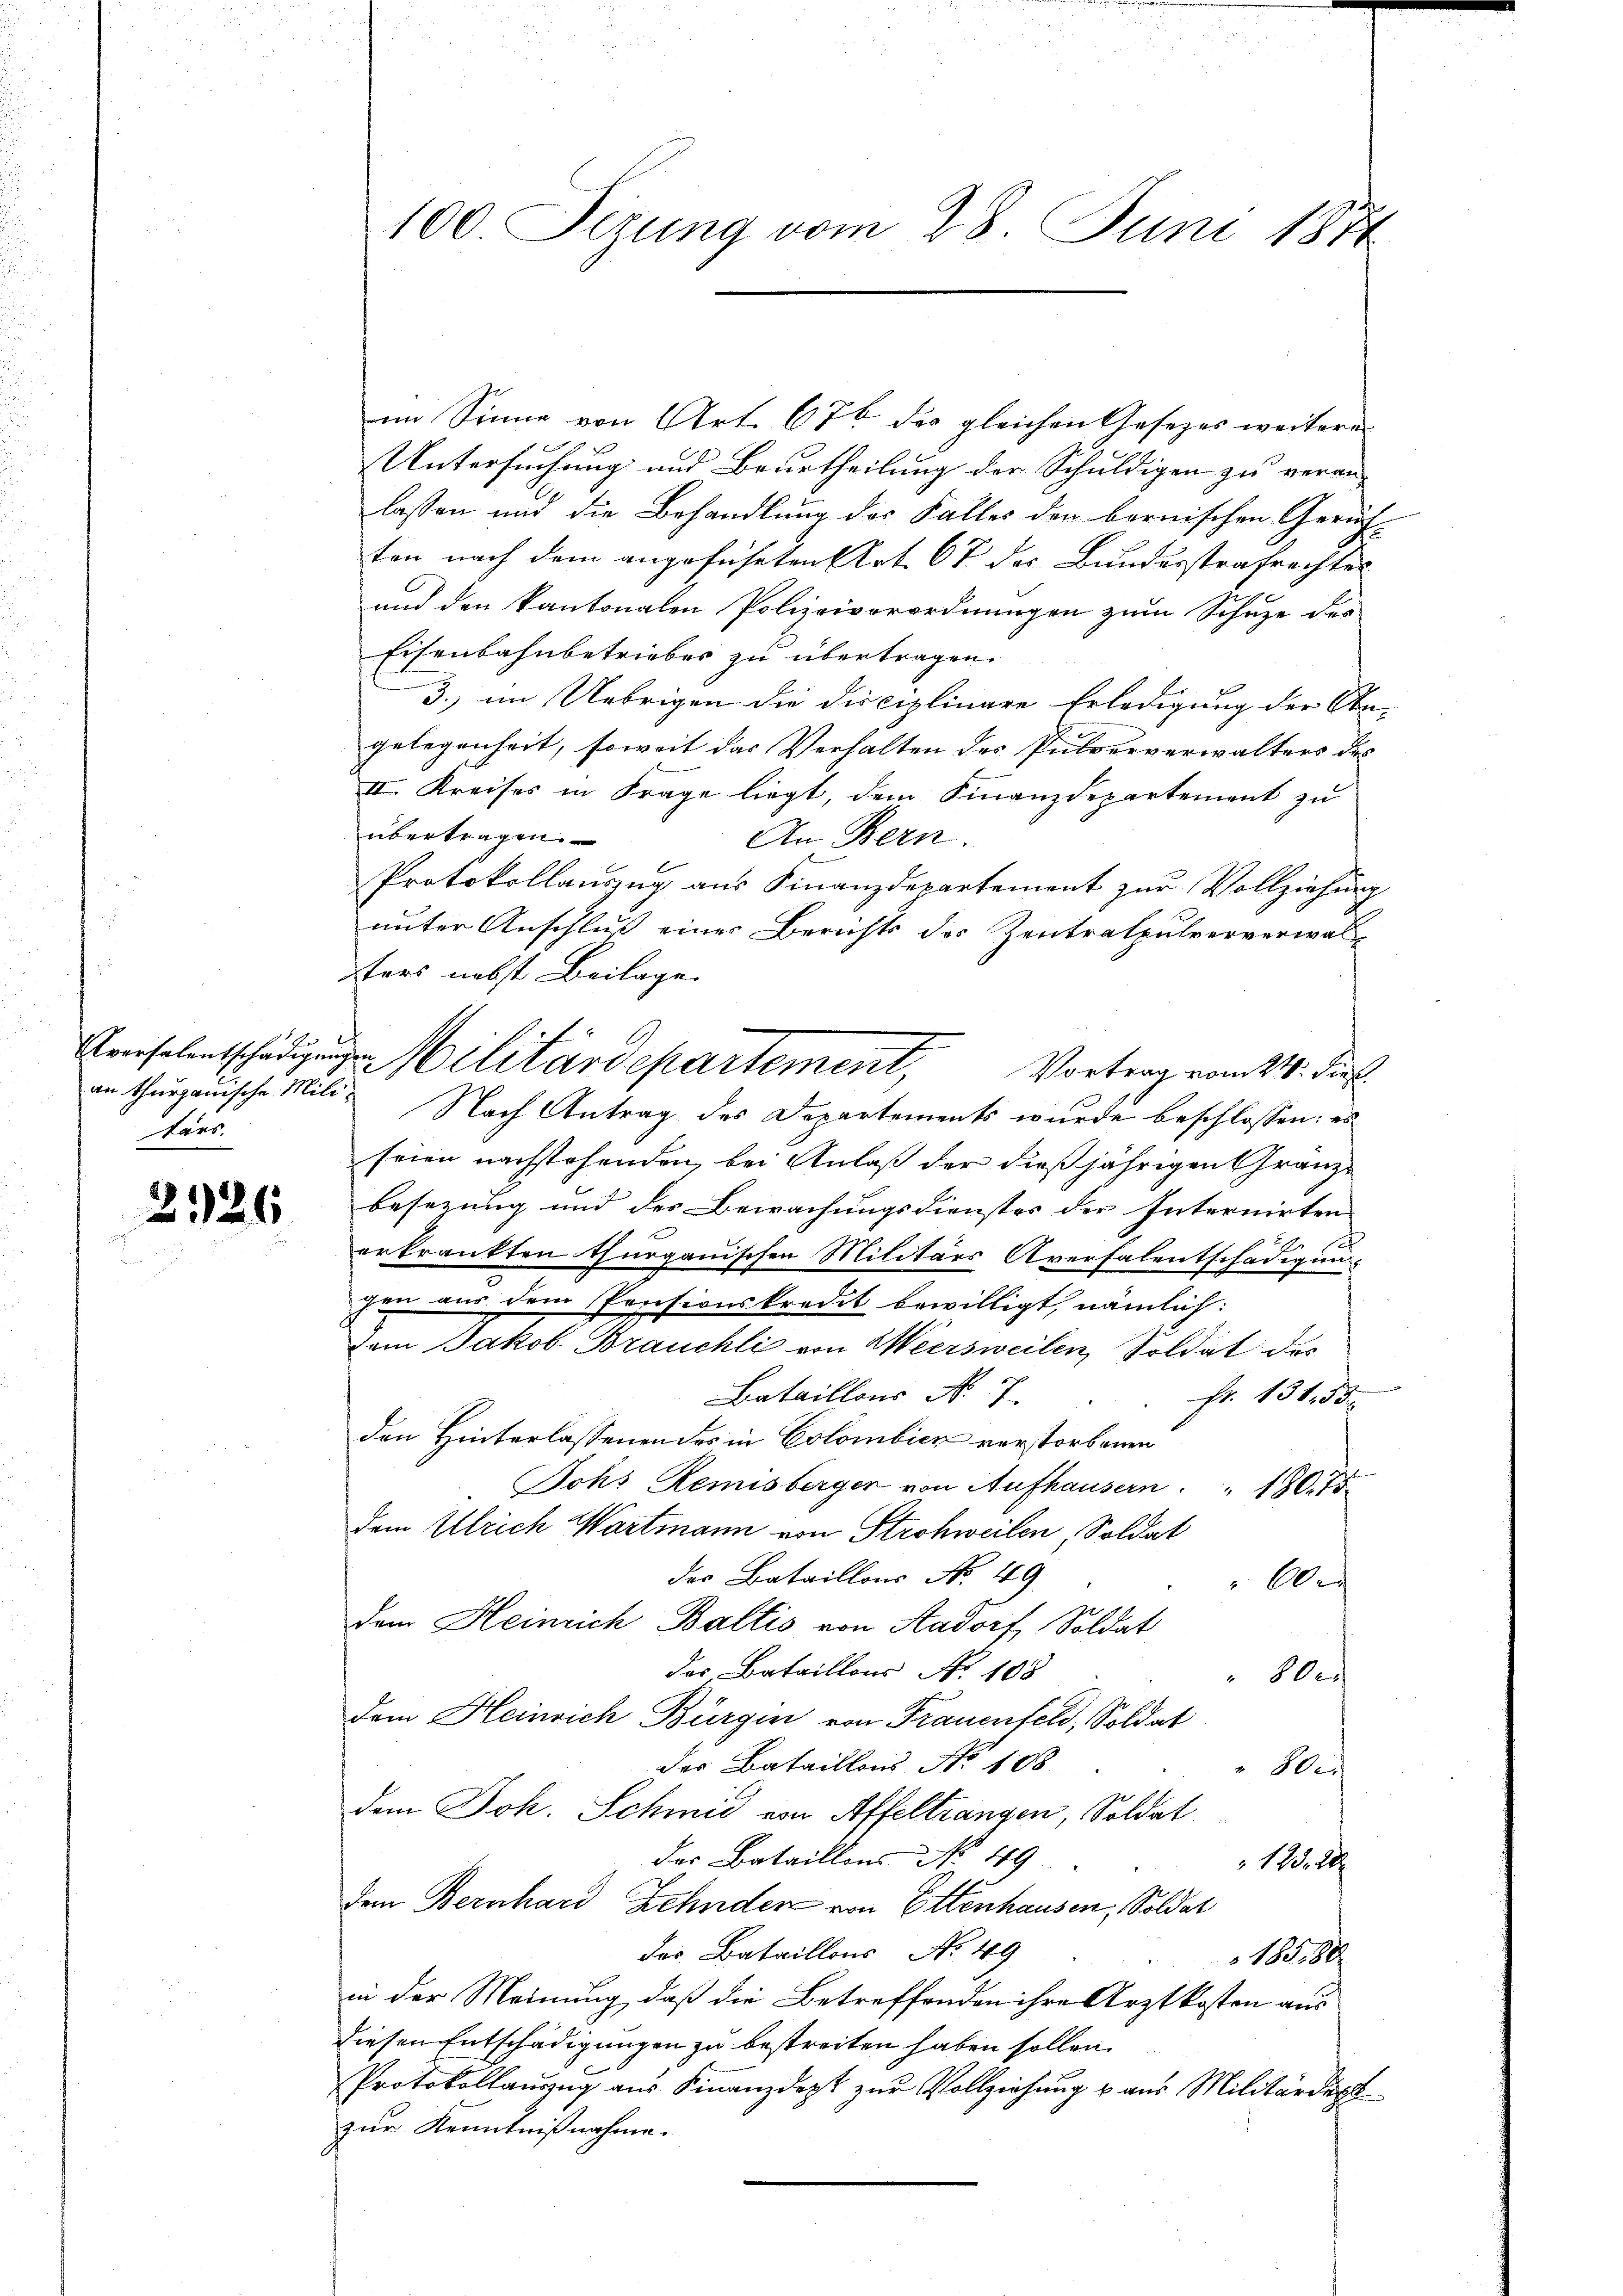
tärs.

226

im Sinne von Art. 67 des gleichen Gesetzes weitere
Untersuchung und Beurtheilung der Schuldigen zu veranlassen und die Behandlung des Falles den bernischen Gerich-
ten nach dem angeführten Art. 67 des Bundesstrafrechtes
und den kantonalen Polizeiverordnungen zum Schuze der
Eisenbahnbetriebes zu übertragen.
3. im Uebrigen die Disciplinare Erledigung der Obegelegenheit, soweit das Verhalten des Pulververwalters des
II. Kreises in Frage liegt, dem Finanzdepartement zu
übertragen.
An Bern.
Protokollanzug aus Finanzdepartement zur Vollziehung
unter Anschluß einer Berichts des Zentralpulververwalsters nebst Beilage.
an thurganische Milie Nach Antrag des Departements wurde beschlossen: es
seien nachstehenden, bei Anlaß der dießjährigen Granz-
besezung und des Bewachungsdienstes der Internirten
erkrankten Thurgauischen Militärs Aversalentschädigung
gen aus dem Pensionskredit bewilligt, nämlich:
dem Jakob Brauchli von Weersweilen, Soldat des
Bataillons No. 7.
Fr. 131. 55
den Hinterlassenen des in Colombien verstorbenen
Johs Remisbergen von Aufhausern . " 180. 75.
Dem Ulrich Wartmann von Strohweilen, Soldat
des Bataillons No. 49
Aes
dem Heinrich Baltis von Aadorf, Soldat
das Bataillons No 108
800.
dem Heinrich Bürgen von Frauenfeld, Soldat
des Bataillons No 108
Weis
dem Joh. Schmid von Affeltrangen, Soldat
das Bataillons No 49
125. 28
dem Bernhard Zehnder von Ettenhausen, Soldat
des Bataillons No. 49
10080
in der Meinung, daß die Betreffenden ihre Arztkosten aus
diesen Entschädigungen zu bestreiten haben sollen.
Protokollaŭzŭg aŭs Finanzdept zŭr Vollziehŭng u aŭs Militärdep
zur Kenntnißnahme.

100 Sezung vom 28. Juni 1874

Kruselentschädigung Militärdepartement,
Vortrag vom 24. dies